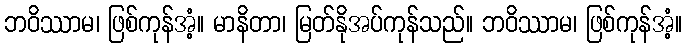
ဘဝိဿာမ၊ ဖြစ်ကုန်အံ့။ မာနိတာ၊ မြတ်နိုအပ်ကုန်သည်။ ဘဝိဿာမ၊ ဖြစ်ကုန်အံ့။